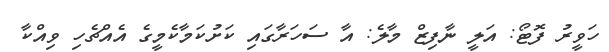
ހަވީރު ފޮޓޯ: އަލީ ނާފިޒް މާލެ: އާ ސަހަރާގައި ކަށުކަމާކެމީގެ އެއްޗެހި ވިއްކާ